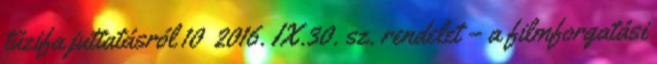
tűzifa juttatásról 10 2016. IX.30. sz. rendelet – a filmforgatási